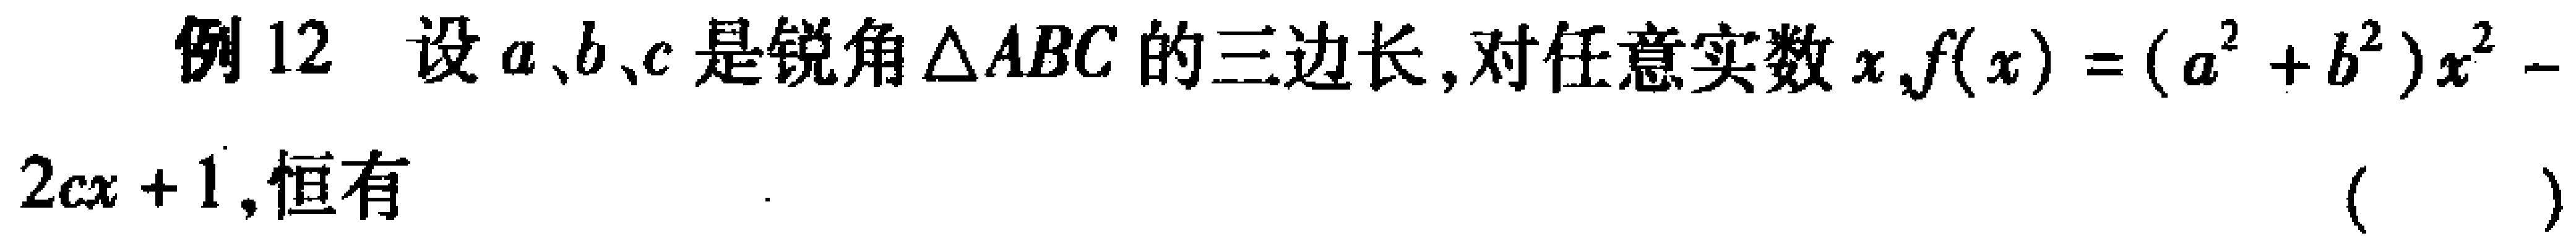
例12 设\(a、b、c\)是锐角\(\triangle ABC\)的三边长,对任意实数\(x,f(x)=(a^{2}+b^{2})x^{2}-2cx + 1\),恒有  （  ）